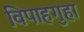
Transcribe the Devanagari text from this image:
विपाहगुहा